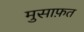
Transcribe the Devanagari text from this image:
मुसाफ़त